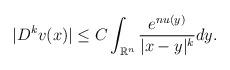
LaTeX: \begin{align*}|D^kv(x)|\leq C\int_{\mathbb{R}^n}\frac{e^{nu(y)}}{|x-y|^k}dy.\end{align*}